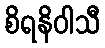
စိရနိဝါသီ